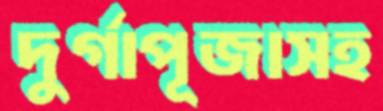
দুর্গাপূজাসহ